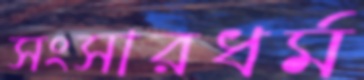
সংসারধর্ম